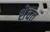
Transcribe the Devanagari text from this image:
शेवत